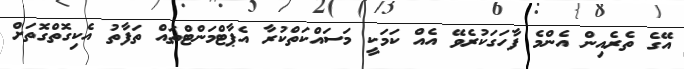
އޭގެ ތެރެއިން އެންމެ ފާހަގަކުރެވޭ އެއް ކަމަކީ މަސައްކަތްކުރާ އެޕާޓްމަންޓްތައް ތަފާތު އެކިގޮތްގޮތަށް